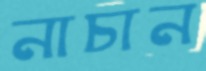
নাচান